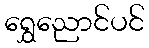
ရွှေညောင်ပင်